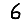
Digit: 6